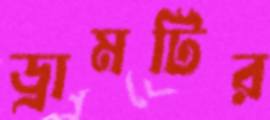
ড্রামটির